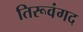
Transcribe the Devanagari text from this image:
तिरूवंगद